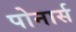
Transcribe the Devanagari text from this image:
पोनार्स